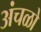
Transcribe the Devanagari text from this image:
अंचळो